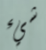
شيء